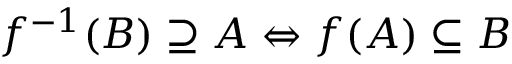
f ^ { - 1 } ( B ) \supseteq A \Leftrightarrow f ( A ) \subseteq B